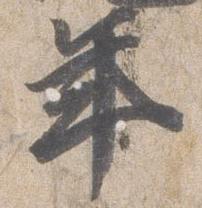
年